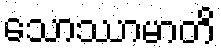
သောဿာမာတိ